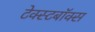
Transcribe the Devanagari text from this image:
टेक्स्टबॉक्स